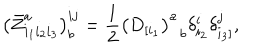
\left( \bar { Z } _ { i _ { 1 } i _ { 2 } i _ { 3 } } ^ { a } \right) _ { b } ^ { i j } = \frac { 1 } { 2 } \left( D _ { [ i _ { 1 } } \right) _ { \; \; b } ^ { a } \delta _ { i _ { 2 } } ^ { i } \delta _ { i _ { 3 } ] } ^ { j } ,